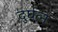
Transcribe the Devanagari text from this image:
दुर्घत्न